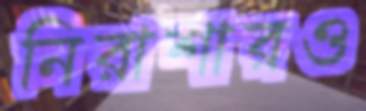
নিরাশারও